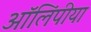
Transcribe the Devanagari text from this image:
ऑलिंपीया